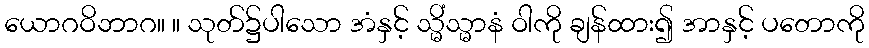
ယောဂဝိဘာဂ။ ။ သုတ်၌ပါသော အံနှင့် သ္မိံသ္မာနံ ဝါကို ချန်ထား၍ အာနှင့် ပတောကို